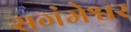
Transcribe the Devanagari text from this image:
सगंमेश्वर